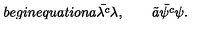
b e g i n { e q u a t i o n } a \bar { \lambda ^ { c } } \lambda , \qquad \tilde { a } \bar { \psi ^ { c } } \psi .